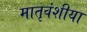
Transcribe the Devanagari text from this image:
मातृवंशीया